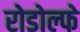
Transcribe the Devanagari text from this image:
रोडोल्फे